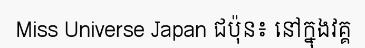
Miss Universe Japan ជប៉ុន៖ នៅក្នុងវគ្គ